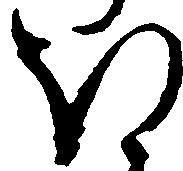
ほ